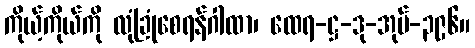
ကိုယ့်ကိုယ်ကို လုံခြုံစေရန်ဂါထာ၊ ထေရ-ဋ္ဌ-ဒု-အုပ်-၃၉၆။